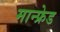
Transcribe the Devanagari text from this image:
मान्फ्रेड